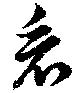
看